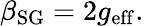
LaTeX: \beta_{\mathrm{SG}}=2g_{\mathrm{eff}}.